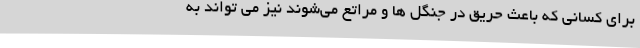
برای کسانی که باعث حریق در جنگل ها و مراتع می‌شوند نیز می تواند به